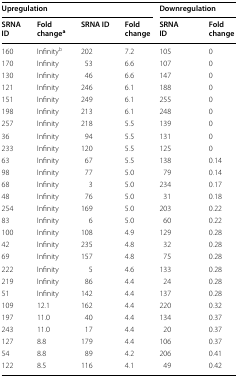
<table><thead><tr><td colspan="4"><b>Upregulation</b></td><td colspan="2"><b>Downregulation</b></td></tr><tr><td><b>SRNA ID</b></td><td><b>Fold change<sup>a</sup></b></td><td><b>SRNA ID</b></td><td><b>Fold change</b></td><td><b>SRNA ID</b></td><td><b>Fold change</b></td></tr></thead><tbody><tr><td>160</td><td>Infinity<sup>b</sup></td><td>202</td><td>7.2</td><td>105</td><td>0</td></tr><tr><td>170</td><td>Infinity</td><td>53</td><td>6.6</td><td>107</td><td>0</td></tr><tr><td>130</td><td>Infinity</td><td>46</td><td>6.6</td><td>147</td><td>0</td></tr><tr><td>121</td><td>Infinity</td><td>246</td><td>6.1</td><td>188</td><td>0</td></tr><tr><td>151</td><td>Infinity</td><td>249</td><td>6.1</td><td>255</td><td>0</td></tr><tr><td>198</td><td>Infinity</td><td>213</td><td>6.1</td><td>248</td><td>0</td></tr><tr><td>257</td><td>Infinity</td><td>218</td><td>5.5</td><td>139</td><td>0</td></tr><tr><td>36</td><td>Infinity</td><td>94</td><td>5.5</td><td>131</td><td>0</td></tr><tr><td>233</td><td>Infinity</td><td>120</td><td>5.5</td><td>125</td><td>0</td></tr><tr><td>63</td><td>Infinity</td><td>67</td><td>5.5</td><td>138</td><td>0.14</td></tr><tr><td>98</td><td>Infinity</td><td>77</td><td>5.0</td><td>79</td><td>0.14</td></tr><tr><td>68</td><td>Infinity</td><td>3</td><td>5.0</td><td>234</td><td>0.17</td></tr><tr><td>48</td><td>Infinity</td><td>76</td><td>5.0</td><td>31</td><td>0.18</td></tr><tr><td>254</td><td>Infinity</td><td>169</td><td>5.0</td><td>203</td><td>0.22</td></tr><tr><td>83</td><td>Infinity</td><td>6</td><td>5.0</td><td>60</td><td>0.22</td></tr><tr><td>100</td><td>Infinity</td><td>108</td><td>4.9</td><td>129</td><td>0.28</td></tr><tr><td>42</td><td>Infinity</td><td>235</td><td>4.8</td><td>32</td><td>0.28</td></tr><tr><td>69</td><td>Infinity</td><td>157</td><td>4.8</td><td>75</td><td>0.28</td></tr><tr><td>222</td><td>Infinity</td><td>5</td><td>4.6</td><td>133</td><td>0.28</td></tr><tr><td>219</td><td>Infinity</td><td>86</td><td>4.4</td><td>24</td><td>0.28</td></tr><tr><td>51</td><td>Infinity</td><td>142</td><td>4.4</td><td>137</td><td>0.28</td></tr><tr><td>109</td><td>12.1</td><td>162</td><td>4.4</td><td>220</td><td>0.32</td></tr><tr><td>197</td><td>11.0</td><td>40</td><td>4.4</td><td>134</td><td>0.37</td></tr><tr><td>243</td><td>11.0</td><td>17</td><td>4.4</td><td>20</td><td>0.37</td></tr><tr><td>127</td><td>8.8</td><td>179</td><td>4.4</td><td>106</td><td>0.37</td></tr><tr><td>54</td><td>8.8</td><td>89</td><td>4.2</td><td>206</td><td>0.41</td></tr><tr><td>122</td><td>8.5</td><td>116</td><td>4.1</td><td>49</td><td>0.42</td></tr></tbody></table>